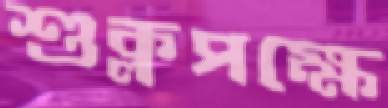
শুক্লপক্ষে